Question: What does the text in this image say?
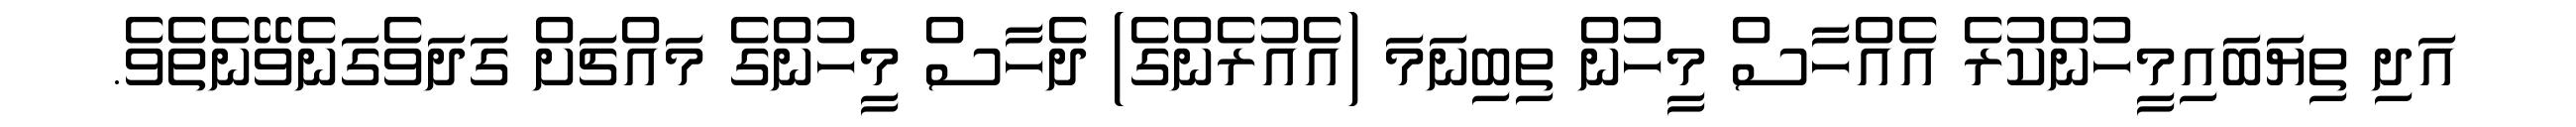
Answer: އަދި ތިޔަބައިމީހުންކުރެ އެއްހާސް މީހުން ތިބިނަމަ (އެއުރެންގެ) ދެހާސް މީހުންގެ މައްޗަށް ގަދަވެގަނެވޭނެތެވެ.